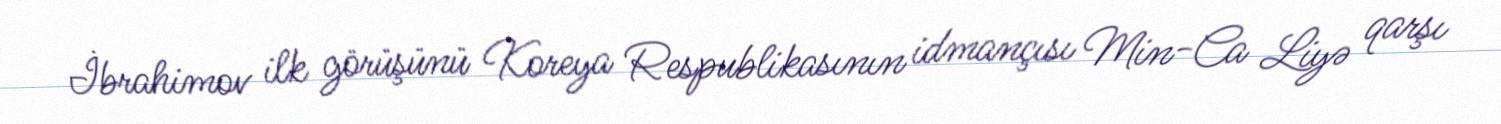
İbrahimov ilk görüşünü Koreya Respublikasının idmançısı Min-Ca Liyə qarşı